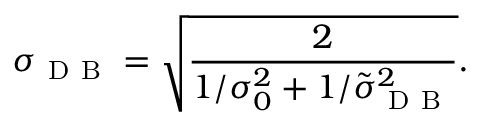
\sigma _ { \mathrm { ~ D ~ B ~ } } = \sqrt { \frac { 2 } { 1 / \sigma _ { 0 } ^ { 2 } + 1 / \tilde { \sigma } _ { \mathrm { ~ D ~ B ~ } } ^ { 2 } } } .